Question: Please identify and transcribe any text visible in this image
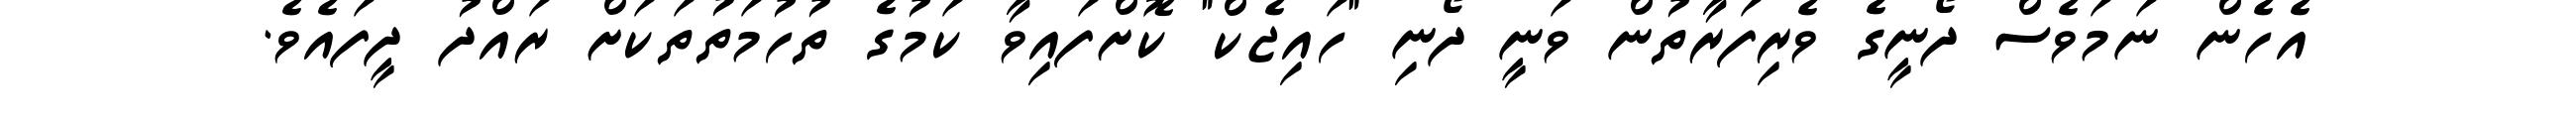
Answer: އެހެން ނަމަވެސް ދޯނީގެ ވެރިފަރާތުން ވަނީ ދޯނި "ހައިޖެކް" ކޮށްފައިވާ ކަމުގެ ތުހުމަތުތަކަށް ރައްދު ދީފައެވެ.